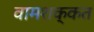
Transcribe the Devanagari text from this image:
वामशक्कत